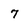
Character: 7